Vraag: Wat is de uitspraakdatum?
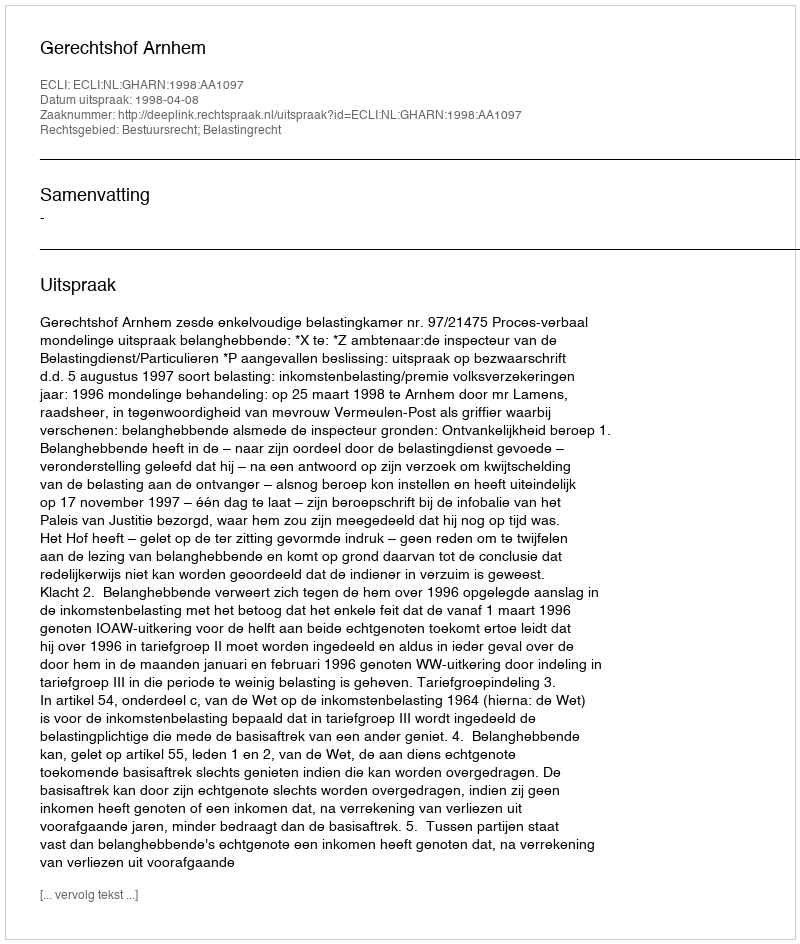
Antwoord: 1998-04-08